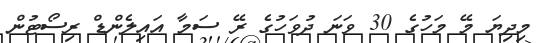
މިދިޔަ މޭ މަހުގެ 30 ވަނަ ދުވަހުގެ ރޭ ސަމާ އައިލެންޑް ރިސޯޓުން